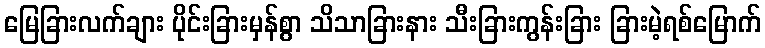
မြေခြားလက်ချား ပိုင်းခြားမှန်စွာ သိသာခြားနား သီးခြားကွန်းခြား ခြားမဲ့ရစ်မြောက်